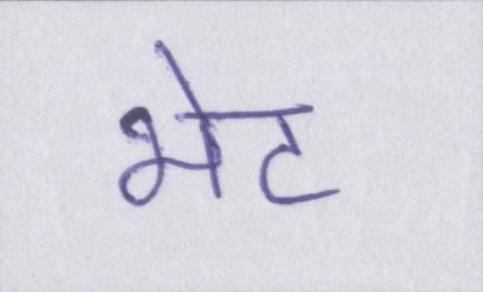
भेट